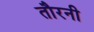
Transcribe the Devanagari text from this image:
तौरनी